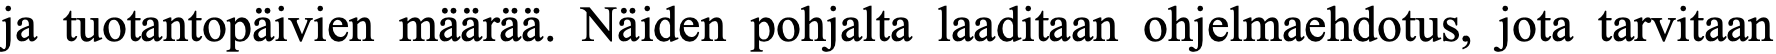
ja tuotantopäivien määrää. Näiden pohjalta laaditaan ohjelmaehdotus, jota tarvitaan